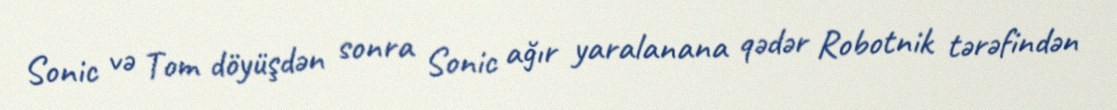
Sonic və Tom döyüşdən sonra Sonic ağır yaralanana qədər Robotnik tərəfindən